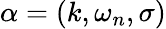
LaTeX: \alpha=(k,\omega_{n},\sigma)